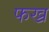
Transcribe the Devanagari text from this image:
फख्र